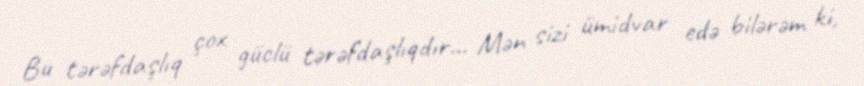
Bu tərəfdaşlıq çox güclü tərəfdaşlıqdır... Mən sizi ümidvar edə bilərəm ki,